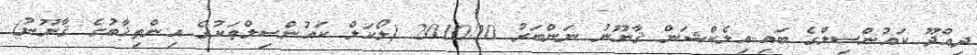
ދިއްދޫ ކައުންސިލްގެ ބައި-އިލެކްޝަން ޤާނޫނު ނަންބަރު 2010/10 (ލޯކަލް ކައުންސިލްތަކުގެ އިންތިޚާބުގެ ޤާނޫނު)